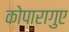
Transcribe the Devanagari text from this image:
कोपारागुए